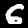
Digit: 6